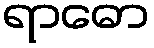
ရာဓော